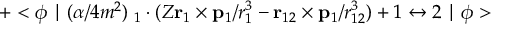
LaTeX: + < \phi \mid { ( \alpha / 4 m ^ { 2 } ) { \bf \sigma } _ { 1 } \cdot ( Z { \bf r } _ { 1 } \times { \bf p } _ { 1 } / r _ { 1 } ^ { 3 } - { \bf r } _ { 1 2 } \times { \bf p } _ { 1 } / r _ { 1 2 } ^ { 3 } ) } + { 1 \leftrightarrow 2 } \mid \phi >